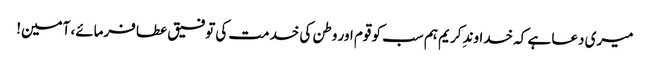
میری دعا ہے کہ خداوندِ کریم ہم سب کو قوم اور وطن کی خدمت کی توفیق عطا فرمائے، آمین!